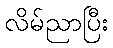
လိမ်ညာပြီး